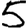
Digit: 5